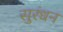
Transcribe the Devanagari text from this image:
सुरंधन